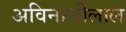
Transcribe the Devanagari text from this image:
अविनाशीलाल